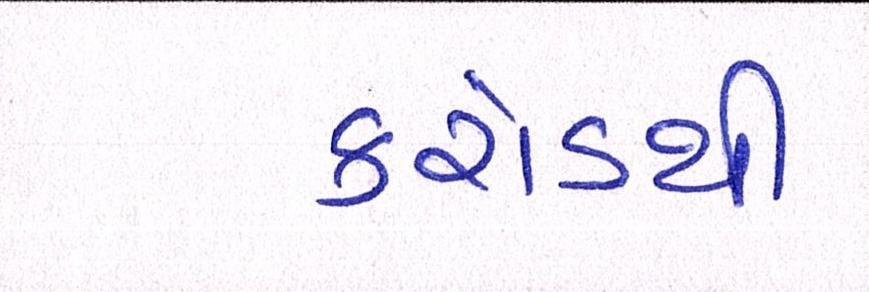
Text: કરોડથી